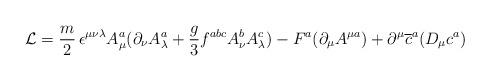
LaTeX: \begin{align*}{\cal L} = {m\over2}\,\epsilon^{\mu\nu\lambda}A_{\mu}^{a}(\partial_{\nu}A_{\lambda}^{a}+ {g\over 3} f^{abc}A_{\nu}^{b}A_{\lambda}^{c}) -F^{a}(\partial_{\mu}A^{\mu a}) +\partial^{\mu}\overline{c}^{a}(D_{\mu}c^{a})\end{align*}